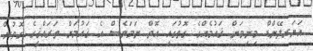
އަޔަރލޭންޑް މިނިވަން ޤައުމެއްގެ ގޮތުގައި އޮތް ނަމަވެސް އެ ޤައުމަށް ތަރައްޤީގެ ގޮތުން